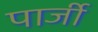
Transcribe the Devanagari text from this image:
पार्जी